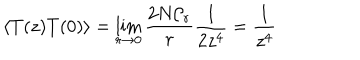
LaTeX: \langle T ( z ) T ( 0 ) \rangle = \lim _ { r \rightarrow 0 } \frac { 2 N { \cal C } _ { r } } { r } \frac { 1 } { 2 z ^ { 4 } } = \frac { 1 } { z ^ { 4 } }